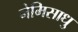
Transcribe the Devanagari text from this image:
नेमिसाधु